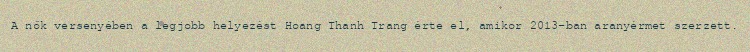
A nők versenyében a legjobb helyezést Hoang Thanh Trang érte el, amikor 2013-ban aranyérmet szerzett.